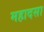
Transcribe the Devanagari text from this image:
महादसा